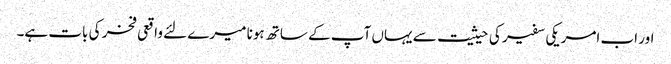
اور اب امریکی سفیر کی حیثیت سے یہاں آپ کے ساتھ ہونا میرے لئے واقعی فخر کی بات ہے۔